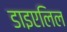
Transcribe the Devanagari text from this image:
डाइएलिल